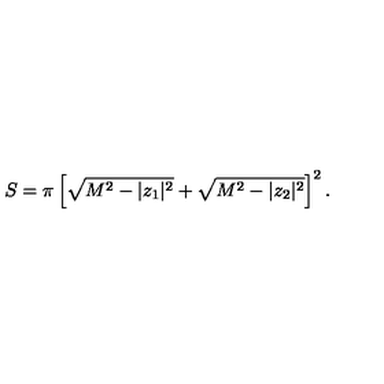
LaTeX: S = \pi \left[ \sqrt { M ^ { 2 } - | z _ { 1 } | ^ { 2 } } + \sqrt { M ^ { 2 } - | z _ { 2 } | ^ { 2 } } \right] ^ { 2 } .